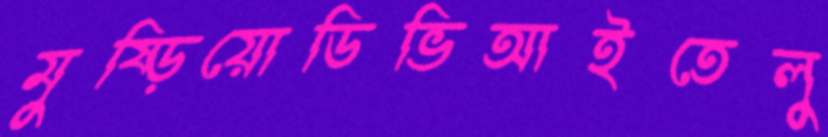
মুষ্‌ড়িয়োডিভিআইতেলু